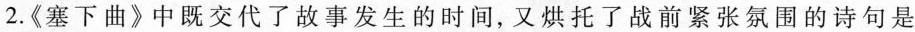
2.《塞下曲》中既交代了故事发生的时间，又烘托了战前紧张氛围的诗句是